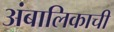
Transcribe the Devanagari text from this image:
अंबालिकाची